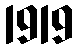
1919